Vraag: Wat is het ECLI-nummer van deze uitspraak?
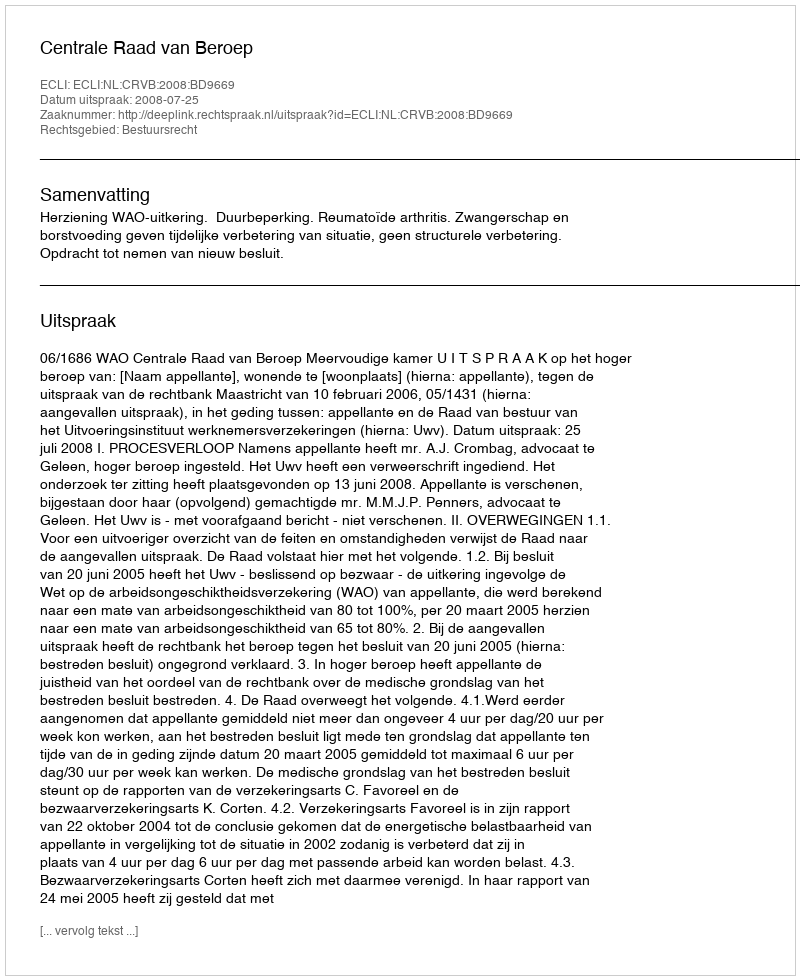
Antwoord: ECLI:NL:CRVB:2008:BD9669